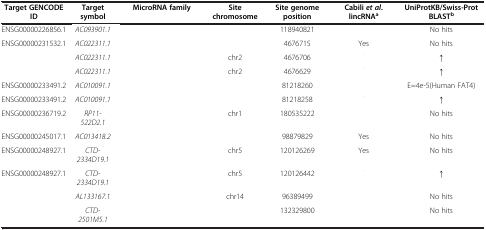
<table><thead><tr><td><b>Target GENCODE</b></td><td><b>Target</b></td><td><b>MicroRNA family</b></td><td><b>Site</b></td><td><b>Site genome</b></td><td><b>Cabili <i>et al</i>.</b></td><td><b>UniProtKB/Swiss-Prot</b></td></tr><tr><td><b>ID</b></td><td><b>symbol</b></td><td>[EMPTY_CELL]</td><td><b>chromosome</b></td><td><b>position</b></td><td><b>lincRNA<sup>a</sup></b></td><td><b>BLAST<sup>b</sup></b></td></tr></thead><tbody><tr><td>ENSG00000226856.1</td><td><i>AC093901.1</i></td><td>[EMPTY_CELL]</td><td>[EMPTY_CELL]</td><td>118940821</td><td>[EMPTY_CELL]</td><td>No hits</td></tr><tr><td>ENSG00000231532.1</td><td><i>AC022311.1</i></td><td>[EMPTY_CELL]</td><td>[EMPTY_CELL]</td><td>4676715</td><td>Yes</td><td>No hits</td></tr><tr><td>[EMPTY_CELL]</td><td><i>AC022311.1</i></td><td>[EMPTY_CELL]</td><td>chr2</td><td>4676706</td><td>[EMPTY_CELL]</td><td>↑</td></tr><tr><td>[EMPTY_CELL]</td><td><i>AC022311.1</i></td><td>[EMPTY_CELL]</td><td>chr2</td><td>4676629</td><td>[EMPTY_CELL]</td><td>↑</td></tr><tr><td>ENSG00000233491.2</td><td><i>AC010091.1</i></td><td>[EMPTY_CELL]</td><td>[EMPTY_CELL]</td><td>81218260</td><td>[EMPTY_CELL]</td><td>E=4e-5(Human FAT4)</td></tr><tr><td>ENSG00000233491.2</td><td><i>AC010091.1</i></td><td>[EMPTY_CELL]</td><td>[EMPTY_CELL]</td><td>81218258</td><td>[EMPTY_CELL]</td><td>↑</td></tr><tr><td>ENSG00000236719.2</td><td><i>RP11-522D2.1</i></td><td>[EMPTY_CELL]</td><td>chr1</td><td>180535222</td><td>[EMPTY_CELL]</td><td>No hits</td></tr><tr><td>ENSG00000245017.1</td><td><i>AC013418.2</i></td><td>[EMPTY_CELL]</td><td>[EMPTY_CELL]</td><td>98879829</td><td>Yes</td><td>No hits</td></tr><tr><td>ENSG00000248927.1</td><td><i>CTD-2334D19.1</i></td><td>[EMPTY_CELL]</td><td>chr5</td><td>120126269</td><td>Yes</td><td>No hits</td></tr><tr><td>ENSG00000248927.1</td><td><i>CTD-2334D19.1</i></td><td>[EMPTY_CELL]</td><td>chr5</td><td>120126442</td><td>[EMPTY_CELL]</td><td>↑</td></tr><tr><td>[EMPTY_CELL]</td><td><i>AL133167.1</i></td><td>[EMPTY_CELL]</td><td>chr14</td><td>96389499</td><td>[EMPTY_CELL]</td><td>No hits</td></tr><tr><td>[EMPTY_CELL]</td><td><i>CTD-2501M5.1</i></td><td>[EMPTY_CELL]</td><td>[EMPTY_CELL]</td><td>132329800</td><td>[EMPTY_CELL]</td><td>No hits</td></tr></tbody></table>